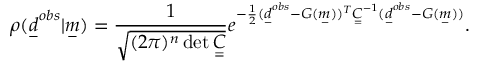
\rho ( \underset { - } { d } ^ { o b s } | \underset { - } { m } ) = \frac { 1 } { \sqrt { ( 2 \pi ) ^ { n } \operatorname* { d e t } \underset { = } { C } } } e ^ { - \frac { 1 } { 2 } ( \underset { - } { d } ^ { o b s } - G ( \underset { - } { m } ) ) ^ { T } \underset { = } { C } ^ { - 1 } ( \underset { - } { d } ^ { o b s } - G ( \underset { - } { m } ) ) } .